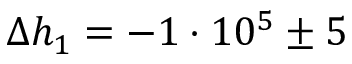
\Delta h _ { 1 } = - 1 \cdot 1 0 ^ { 5 } \pm 5 \